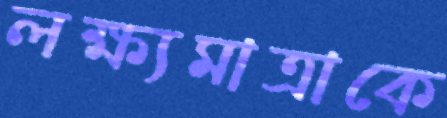
লক্ষ্যমাত্রাকে